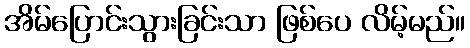
အိမ်ပြောင်းသွားခြင်းသာ ဖြစ်ပေ လိမ့်မည်။